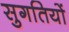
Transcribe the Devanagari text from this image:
सुगतियों